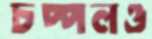
চপ্পলও